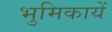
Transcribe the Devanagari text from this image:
भुमिकायें